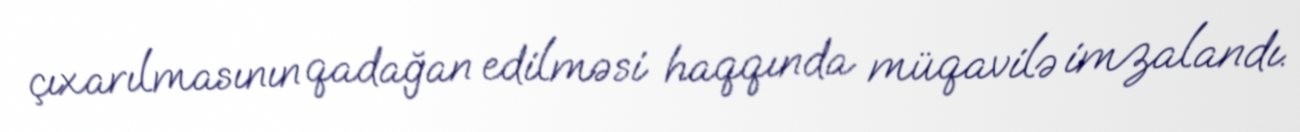
çıxarılmasının qadağan edilməsi haqqında müqavilə imzalandı.